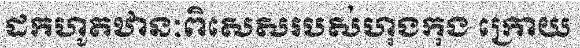
ដកហូតឋានៈពិសេសរបស់ហុងកុង ក្រោយ